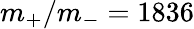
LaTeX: m_{\mathrm{+}}/m_{\mathrm{-}}=1836